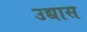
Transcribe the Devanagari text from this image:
उद्यास